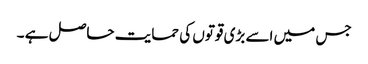
جس میں اسے بڑی قوتوں کی حمایت حاصل ہے ۔